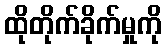
ထိုတိုက်ခိုက်မှုကို